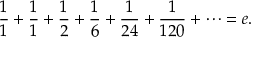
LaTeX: { \frac { 1 } { 1 } } + { \frac { 1 } { 1 } } + { \frac { 1 } { 2 } } + { \frac { 1 } { 6 } } + { \frac { 1 } { 2 4 } } + { \frac { 1 } { 1 2 0 } } + \cdots = e .